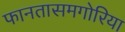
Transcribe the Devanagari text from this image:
फानतासमगोरिया